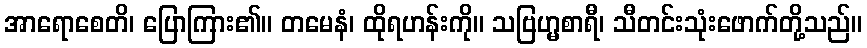
အာရောစေတိ၊ ပြောကြား၏။ တမေနံ၊ ထိုရဟန်းကို။ သဗြဟ္မစာရီ၊ သီတင်းသုံးဖောက်တို့သည်။